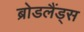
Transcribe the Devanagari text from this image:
ब्रोडलैंड्स